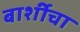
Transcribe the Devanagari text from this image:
बार्शीचा